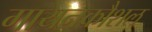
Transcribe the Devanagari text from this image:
गायनकौशल